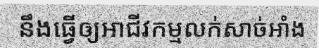
នឹងធ្វើឲ្យអាជីវកម្មលក់សាច់អាំង